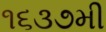
૧૬૩૭મી